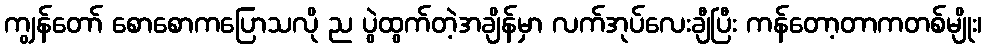
ကျွန်တော် စောစောကပြောသလို ည ပွဲထွက်တဲ့အချိန်မှာ လက်အုပ်လေးချီပြီး ကန်တော့တာကတစ်မျိုး၊